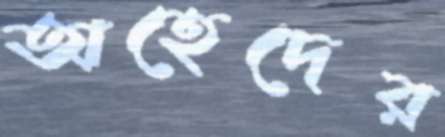
অহেদের